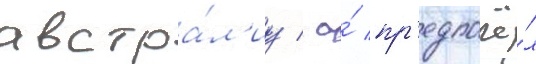
австра́л'иу / а́ пр'едпочё́л